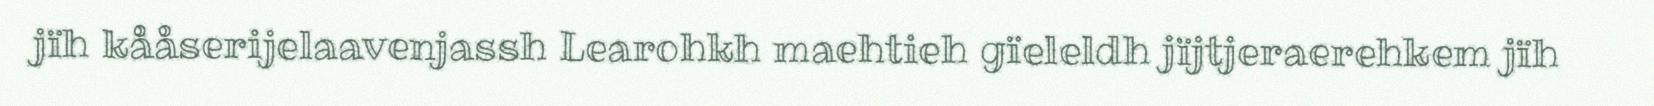
jïh kååserijelaavenjassh Learohkh maehtieh gïeleldh jïjtjeraerehkem jïh